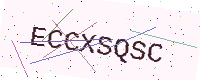
Text: ECCXSQSC